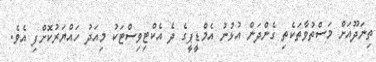
ތިނަދޫއަށް މަސްތުވާތަކެތި ގެންދަން އުޅުނު އެމްޑީޕީގެ ދެ އެކްޓިވިސްޓަކު މިއަދު ހައްޔަރުކޮށްފި އެވެ.